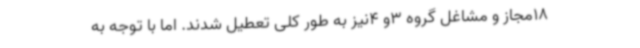
18مجاز و مشاغل گروه 3و 4نیز به طور کلی تعطیل شدند. اما با توجه به